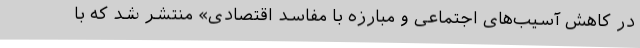
در کاهش آسیب‌های اجتماعی و مبارزه با مفاسد اقتصادی» منتشر شد که با